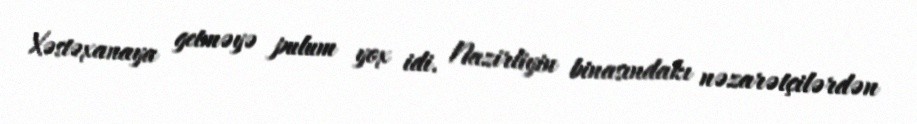
Xəstəxanaya getməyə pulum yox idi. Nazirliyin binasındakı nəzarətçilərdən